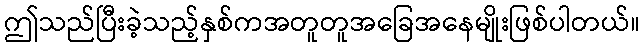
ဤသည်ပြီးခဲ့သည့်နှစ်ကအတူတူအခြေအနေမျိုးဖြစ်ပါတယ်။